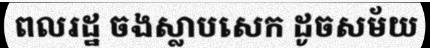
ពលរដ្ឋ ចងស្លាបសេក ដូចសម័យ